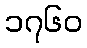
၁၇၆၀